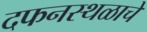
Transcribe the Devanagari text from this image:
दफनस्थळाचे